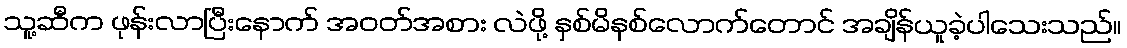
သူ့ဆီက ဖုန်းလာပြီးနောက် အဝတ်အစား လဲဖို့ နှစ်မိနစ်လောက်တောင် အချိန်ယူခဲ့ပါသေးသည်။